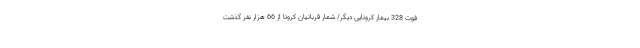
فوت 328 بیمار کرونایی دیگر/ شمار قربانیان کرونا از 66 هزار نفر گذشت